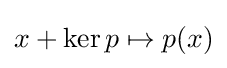
x+\ker p\mapsto p(x)